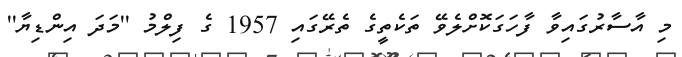
މި އާސާރުގައިވާ ފާހަގަކޮށްލެވޭ ތަކެތީގެ ތެރޭގައި 1957 ގެ ފިލްމު ''މަދަ އިންޑިޔާ''